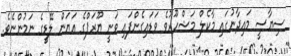
ސިޔާސީ މައިދާނުގައި މާކެލް މަޝްހޫރުވެ ވަޑައިގެންފައި ވަނީ ޔޫރަޕްގެ އަޔަން ލޭޑީގެ ނަމުންނެވެ.